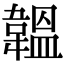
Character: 韞